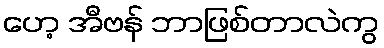
ဟေ့ အီဗန် ဘာဖြစ်တာလဲကွ